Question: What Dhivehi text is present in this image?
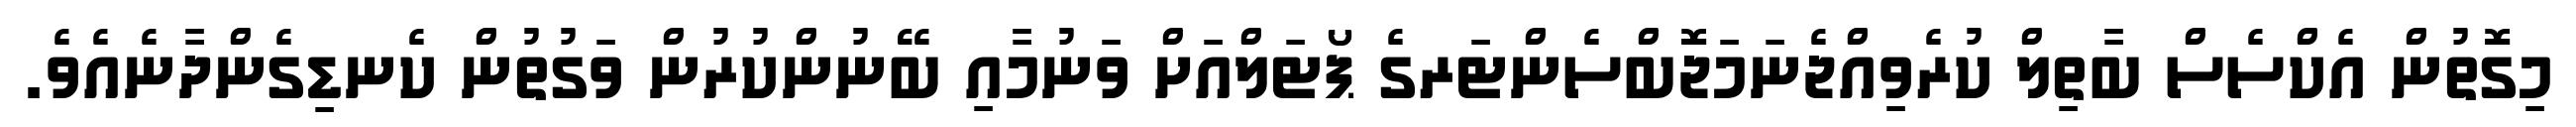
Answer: މިގޮތުން އެކްސެސް ބާތިލް ކުރެވިއްޖެނަމަޖޮބްސެންޓަރގެ ޕޯޓަލްއަށް ވަނުމާއި ބޭނުންކުރުން ވަގުތުން ކެނޑިގެންދާނެއެވެ.